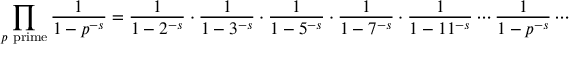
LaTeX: \prod _ { p { \mathrm { ~ p r i m e } } } { \frac { 1 } { 1 - p ^ { - s } } } = { \frac { 1 } { 1 - 2 ^ { - s } } } \cdot { \frac { 1 } { 1 - 3 ^ { - s } } } \cdot { \frac { 1 } { 1 - 5 ^ { - s } } } \cdot { \frac { 1 } { 1 - 7 ^ { - s } } } \cdot { \frac { 1 } { 1 - 1 1 ^ { - s } } } \cdots { \frac { 1 } { 1 - p ^ { - s } } } \cdots